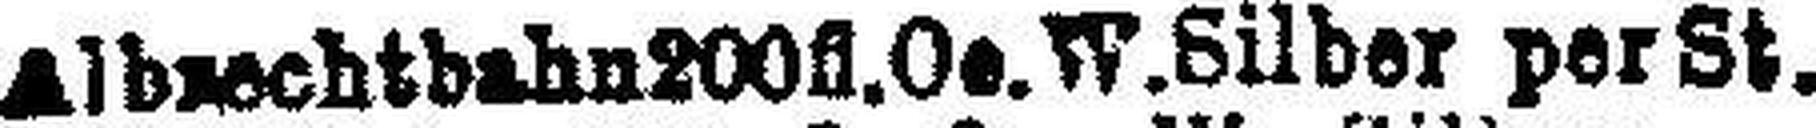
Alb###echtbahn200fl. Oe. W.Silber per St.